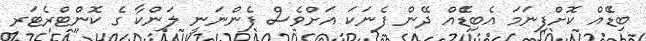
ބިޑެެއް ކޮށްފިނަމަ އެބިޑެެއް ދޭން ފެނަކަ އަށްވެސް ފެންނަނީ ލަންކާ ގެ ކޮންޓްރެޓަރ